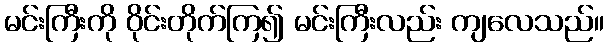
မင်းကြီးကို ဝိုင်းတိုက်ကြ၍ မင်းကြီးလည်း ကျလေသည်။